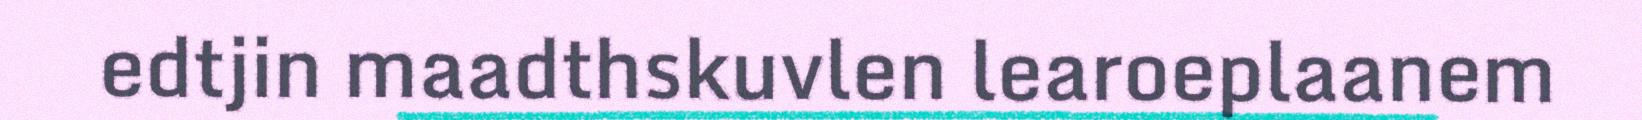
edtjin maadthskuvlen learoeplaanem